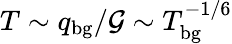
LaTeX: T\sim q_{\mathrm{bg}}/\mathcal{G}\sim T_{\mathrm{bg}}^{-1/6}